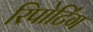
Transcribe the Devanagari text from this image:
रिपोटि॔ंग